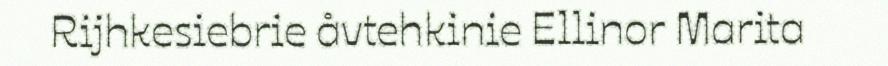
Rijhkesiebrie åvtehkinie Ellinor Marita